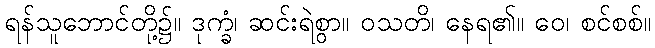
ရန်သူဘောင်တို့၌။ ဒုက္ခံ၊ ဆင်းရဲစွာ။ ဝသတိ၊ နေရ၏။ ဝေ၊ စင်စစ်။